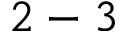
2 - 3